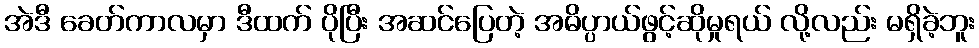
အဲဒီ ခေတ်ကာလမှာ ဒီထက် ပိုပြီး အဆင်ပြေတဲ့ အဓိပ္ပာယ်ဖွင့်ဆိုမှုရယ် လို့လည်း မရှိခဲ့ဘူး